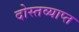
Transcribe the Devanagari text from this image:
दोस्तव्याप्त